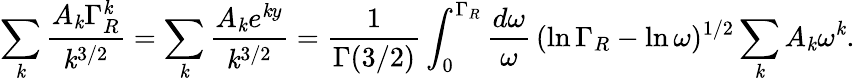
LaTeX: \sum_{\mathit{k}}\frac{{A_{\mathit{k}}\Gamma_{R}^{\mathit{k}}}}{{\mathit{k}^{3/2}}}=\sum_{\mathit{k}}\frac{{A_{\mathit{k}}e^{\mathit{k}y}}}{{\mathit{k}^{3/2}}}=\frac{{1}}{{\Gamma(3/2)}}\int_{0}^{\Gamma_{R}}\frac{{d\omega}}{{\omega}}\, (\ln\Gamma_{R}-\ln\omega)^{1/2}\sum_{\mathit{k}}A_{\mathit{k}}\omega^{\mathit{k}}.